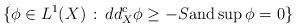
LaTeX: \begin{align*}\{\phi \in L^1(X) \, : \, dd^c_X \phi \geq - S \mbox{and} \sup \phi = 0\}\end{align*}